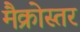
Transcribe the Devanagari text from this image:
मैक्रोस्तर